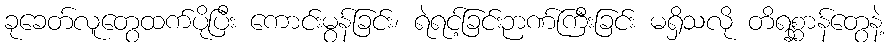
ခုခေတ်လူတွေထက်ပိုပြီး ကောင်းမွန်ခြင်း၊ ရဲရင့်ခြင်းဉာဏ်ကြီးခြင်း မရှိသလို တိရစ္ဆာန်တွေနဲ့